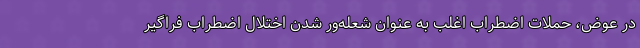
در عوض، حملات اضطراب اغلب به عنوان شعله‌ور شدن اختلال اضطراب فراگیر